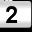
Digit: 2